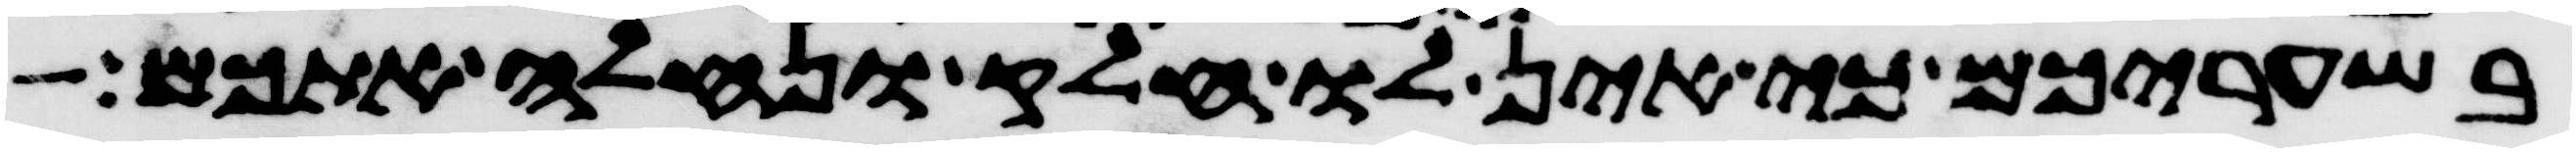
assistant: בשעריכם כי אין לו חלק ונחלה אתכם